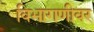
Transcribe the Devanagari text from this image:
विभागणीवर